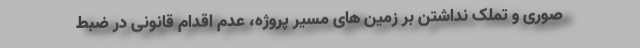
صوری و تملک نداشتن بر زمین های مسیر پروژه، عدم اقدام قانونی در ضبط